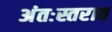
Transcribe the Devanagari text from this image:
अंतःस्तरात